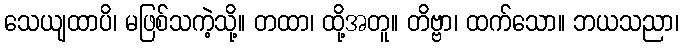
သေယျထာပိ၊ မဖြစ်သကဲ့သို့။ တထာ၊ ထို့အတူ။ တိဗ္ဗာ၊ ထက်သော။ ဘယသညာ၊